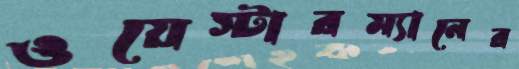
ওয়েস্টারম্যানের